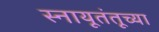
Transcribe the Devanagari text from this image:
स्नायूतंतूच्या